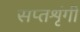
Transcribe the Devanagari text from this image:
सप्‍तशृंगी